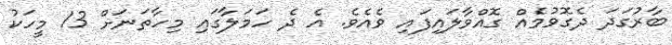
ބާރުގަދަ ދެގޮވުމެއް ގޮއްވާލައިފައި ވެއެވެ. އެ ދެ ހަމަލާގައި މިހާތަނަށް 13 މީހަކު